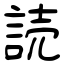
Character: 読